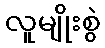
လူမျိုးစွဲ